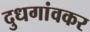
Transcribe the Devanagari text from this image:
दुधगांवकर